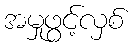
အမှုဖွင့်လှစ်